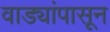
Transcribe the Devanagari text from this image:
वाड्यांपासून